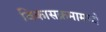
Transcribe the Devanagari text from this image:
विकासक्रमामध्ये